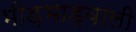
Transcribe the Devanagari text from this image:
भीड़भाड़वाली